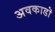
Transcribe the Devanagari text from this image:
अवकाडॊ